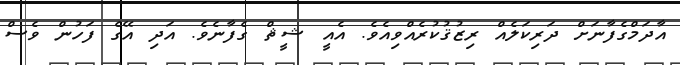
އާދަމްގެފާނަށް ދަރިކަލެއް ރިޒުޤުކުރެއްވިއެވެ. އެއީ ޝީޘް ގެފާނެވެ. އަދި އޭގެ ފަހުން ވެސް